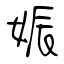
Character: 娠